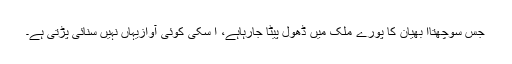
جس سوچھتاا بھیان کا پورے ملک میں ڈھول پیٹا جارہاہے، ا سکی کوئی آوازیہاں نہیں سنائی پڑتی ہے۔